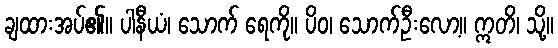
ချထားအပ်၏။ ပါနီယံ၊ သောက် ရေကို။ ပိဝ၊ သောက်ဦးလော့။ ဣတိ၊ သို့။